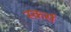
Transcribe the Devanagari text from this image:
स्कर्स